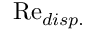
\mathrm { R e } _ { d i s p . }